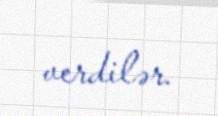
verdilər.